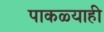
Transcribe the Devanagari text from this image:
पाकळ्याही